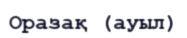
Оразақ (ауыл)